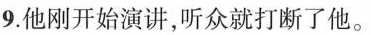
9.他刚开始演讲,听众就打断了他。